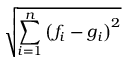
\sqrt { \sum _ { i = 1 } ^ { n } \left( f _ { i } - g _ { i } \right) ^ { 2 } }